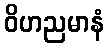
ဝိဟညမာနံ